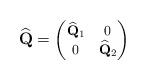
LaTeX: \begin{align*}\widehat{\mathbf{Q}}=\begin{footnotesize}\begin{pmatrix}\widehat{\mathbf{Q}}_1&0\\0&\widehat{\mathbf{Q}}_2\end{pmatrix}\end{footnotesize}\end{align*}